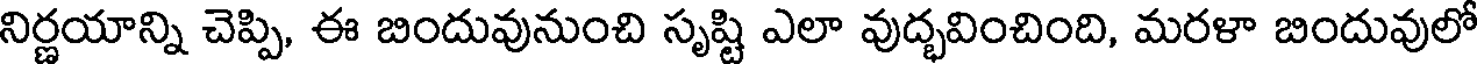
నిర్ణయాన్ని చెప్పి, ఈ బిందువునుంచి సృష్టి ఎలా వుద్భవించింది, మరళా బిందువులో